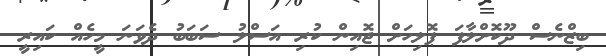
ބިޒްނެސް ދޫކޮށްލާފަ ޕޮލިހަށް ޖޮއިން ކުރި އަސްލު ސަބަބު ދެވަނަ މީހެއް ކައިރީ